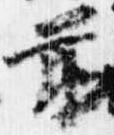
前